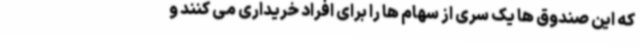
که این صندوق ها یک سری از سهام ها را برای افراد خریداری می کنند و